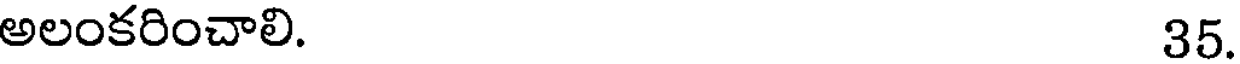
అలంకరించాలి. 35.